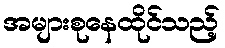
အများစုနေထိုင်သည့်